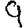
Digit: 9